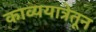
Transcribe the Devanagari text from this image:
काव्ययात्रेतून